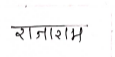
मजकूर: राजाराम